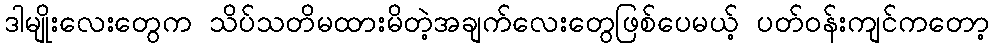
ဒါမျိုးလေးတွေက သိပ်သတိမထားမိတဲ့အချက်လေးတွေဖြစ်ပေမယ့် ပတ်ဝန်းကျင်ကတော့